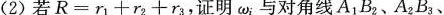
(2) 若$$R = r _ { 1 } + r _ { 2 } + r _ { 3 }$$.，证明\omega_{i}；与对角线A_{1}B_{2}、A_{2}B_{3}、